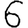
Digit: 6